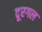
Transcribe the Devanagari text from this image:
दूरगल